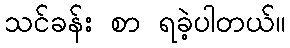
သင်ခန်း စာ ရခဲ့ပါတယ်။